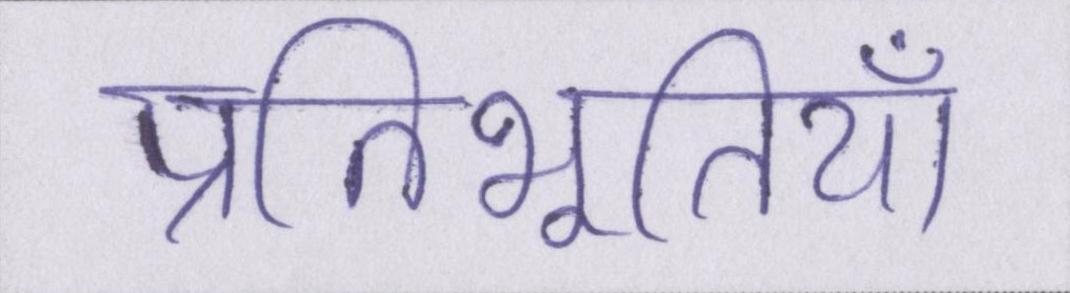
प्रतिभूतियाँ